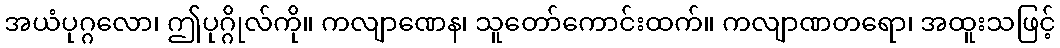
အယံပုဂ္ဂလော၊ ဤပုဂ္ဂိုလ်ကို။ ကလျာဏေန၊ သူတော်ကောင်းထက်။ ကလျာဏတရော၊ အထူးသဖြင့်